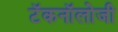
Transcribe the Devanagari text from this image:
टॅकनॉलोजी